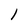
Character: 1